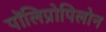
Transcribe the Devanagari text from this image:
पॉलिप्रोपिलोन